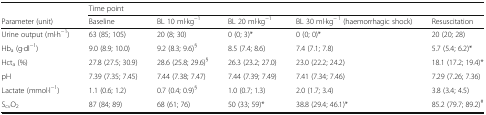
<table><thead><tr><td>[EMPTY_CELL]</td><td colspan="5"><b>Time point</b></td></tr><tr><td><b>Parameter (unit)</b></td><td><b>Baseline</b></td><td><b>BL 10 ml∙kg<sup>−1</sup></b></td><td><b>BL 20 ml∙kg<sup>−1</sup></b></td><td><b>BL 30 ml∙kg<sup>− 1</sup> (haemorrhagic shock)</b></td><td><b>Resuscitation</b></td></tr></thead><tbody><tr><td>Urine output (ml∙h<sup>−1</sup>)</td><td>63 (85; 105)</td><td>20 (8; 30)</td><td>0 (0; 3)*</td><td>0 (0; 0)*</td><td>20 (20; 28)</td></tr><tr><td>Hb<sub>a</sub> (g∙dl<sup>−1</sup>)</td><td>9.0 (8.9; 10.0)</td><td>9.2 (8.3; 9.6)<sup>§</sup></td><td>8.5 (7.4; 8.6)</td><td>7.4 (7.1; 7.8)</td><td>5.7 (5.4; 6.2)*</td></tr><tr><td>Hct<sub>a</sub> (%)</td><td>27.8 (27.5; 30.9)</td><td>28.6 (25.8; 29.6)<sup>§</sup></td><td>26.3 (23.2; 27.0)</td><td>23.0 (22.2; 24.2)</td><td>18.1 (17.2; 19.4)*</td></tr><tr><td>pH</td><td>7.39 (7.35; 7.45)</td><td>7.44 (7.38; 7.47)</td><td>7.44 (7.39; 7.49)</td><td>7.41 (7.34; 7.46)</td><td>7.29 (7.26; 7.36)</td></tr><tr><td>Lactate (mmol∙l<sup>−1</sup>)</td><td>1.1 (0.6; 1.2)</td><td>0.7 (0.4; 0.9)<sup>§</sup></td><td>1.0 (0.7; 1.3)</td><td>2.0 (1.7; 3.4)</td><td>3.8 (3.4; 4.5)</td></tr><tr><td>S<sub>cv</sub>O<sub>2</sub></td><td>87 (84; 89)</td><td>68 (61; 76)</td><td>50 (33; 59)*</td><td>38.8 (29.4; 46.1)*</td><td>85.2 (79.7; 89.2)<sup>#</sup></td></tr></tbody></table>